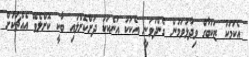
އެކަމަކު ޒަކަބާގް ވިދާޅުވަމުން ގެންދަވަނީ އެކަކު އަނެކަކު ދަށްކޮށްލައި ބާކީ ކޮށްލެވޭ އެއްޗަކަށް